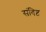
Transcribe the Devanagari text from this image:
संविष्ट